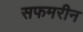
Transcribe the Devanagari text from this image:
सफमरीन